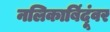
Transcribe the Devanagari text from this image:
नलिकाबिंदूंवर